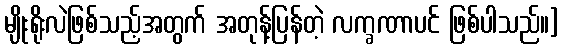
မျိုးရိုးလဲဖြစ်သည့်အတွက် အတုန့်ပြန်တဲ့ လက္ခဏာပင် ဖြစ်ပါသည်။]